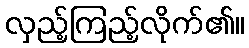
လှည့်ကြည့်လိုက်၏။